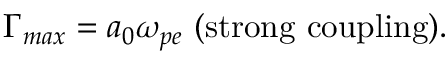
\Gamma _ { m a x } = a _ { 0 } \omega _ { p e } \ \mathrm { ( s t r o n g \ c o u p l i n g ) } .